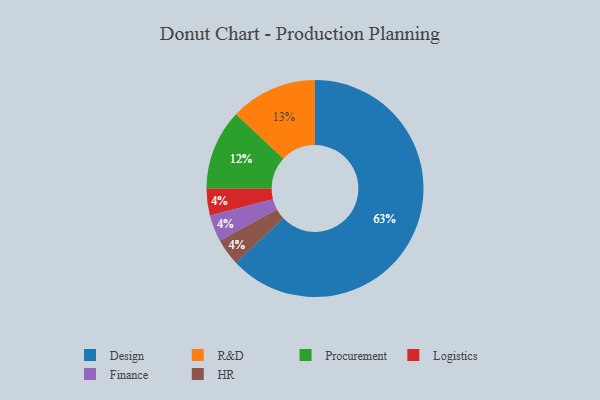
{"axis": {"x": "Category", "y": "Percentage"}, "legend": ["Design", "Finance", "HR", "Logistics", "Procurement", "R&D"], "data": [{"x": "Logistics", "y": 4, "type": "Logistics"}, {"x": "Finance", "y": 4, "type": "Finance"}, {"x": "Procurement", "y": 12, "type": "Procurement"}, {"x": "R&D", "y": 13, "type": "R&D"}, {"x": "HR", "y": 4, "type": "HR"}, {"x": "Design", "y": 63, "type": "Design"}]}